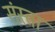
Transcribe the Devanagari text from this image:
संस्ता